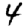
Digit: 4